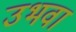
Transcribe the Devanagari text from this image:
उभवा